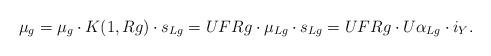
LaTeX: \begin{align*} \mu_g= \mu_g\cdot K(1,{R}g)\cdot s_{{L}g}=UF{R}g\cdot\mu_{{L}g}\cdot s_{{L}g}= UF{R}g\cdot U\alpha_{{L}g}\cdot i_Y.\end{align*}